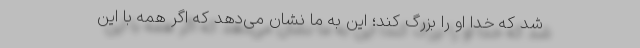
شد که خدا او را بزرگ کند؛ این به ما نشان می‌دهد که اگر همه با این